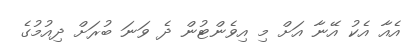
އެއާ އެކު އޭނާ އަށް މި އިވެންޓުން ދެ ވަނަ ބުރަށް ދިއުމުގެ